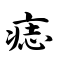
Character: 痣